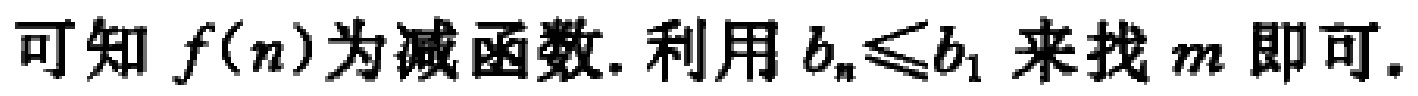
可知 \(f(n)\)为减函数. 利用 \(b_{n}\leq b_{1}\)来找 \(m\)即可.